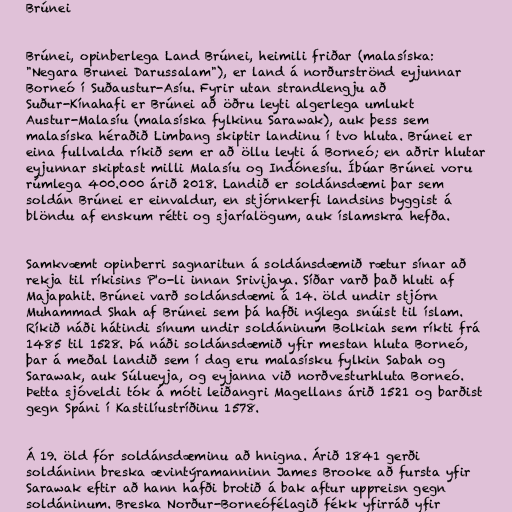
Brúnei

Brúnei, opinberlega Land Brúnei, heimili friðar (malasíska:
"Negara Brunei Darussalam"), er land á norðurströnd eyjunnar
Borneó í Suðaustur-Asíu. Fyrir utan strandlengju að
Suður-Kínahafi er Brúnei að öðru leyti algerlega umlukt
Austur-Malasíu (malasíska fylkinu Sarawak), auk þess sem
malasíska héraðið Limbang skiptir landinu í tvo hluta. Brúnei er
eina fullvalda ríkið sem er að öllu leyti á Borneó; en aðrir hlutar
eyjunnar skiptast milli Malasíu og Indónesíu. Íbúar Brúnei voru
rúmlega 400.000 árið 2018. Landið er soldánsdæmi þar sem
soldán Brúnei er einvaldur, en stjórnkerfi landsins byggist á
blöndu af enskum rétti og sjaríalögum, auk íslamskra hefða.

Samkvæmt opinberri sagnaritun á soldánsdæmið rætur sínar að
rekja til ríkisins P'o-li innan Srivijaya. Síðar varð það hluti af
Majapahit. Brúnei varð soldánsdæmi á 14. öld undir stjórn
Muhammad Shah af Brúnei sem þá hafði nýlega snúist til íslam.
Ríkið náði hátindi sínum undir soldáninum Bolkiah sem ríkti frá
1485 til 1528. Þá náði soldánsdæmið yfir mestan hluta Borneó,
þar á meðal landið sem í dag eru malasísku fylkin Sabah og
Sarawak, auk Súlueyja, og eyjanna við norðvesturhluta Borneó.
Þetta sjóveldi tók á móti leiðangri Magellans árið 1521 og barðist
gegn Spáni í Kastilíustríðinu 1578.

Á 19. öld fór soldánsdæminu að hnigna. Árið 1841 gerði
soldáninn breska ævintýramanninn James Brooke að fursta yfir
Sarawak eftir að hann hafði brotið á bak aftur uppreisn gegn
soldáninum. Breska Norður-Borneófélagið fékk yfirráð yfir